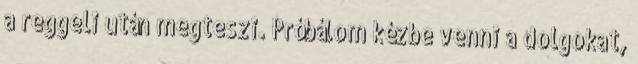
a reggeli után megteszi. Próbálom kézbe venni a dolgokat,